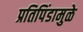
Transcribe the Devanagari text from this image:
प्रतिपिंडामुळे